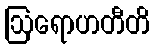
ဩရောဟတီတိ